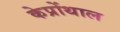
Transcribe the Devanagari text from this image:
केप्रोंथाल